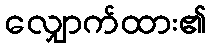
လျှောက်ထား၏